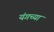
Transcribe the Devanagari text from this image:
यंगच्या